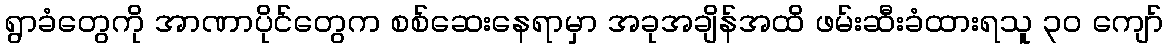
ရွာခံတွေကို အာဏာပိုင်တွေက စစ်ဆေးနေရာမှာ အခုအချိန်အထိ ဖမ်းဆီးခံထားရသူ ၃၀ ကျော်